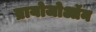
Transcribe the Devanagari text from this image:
ब्रायोजोऑन